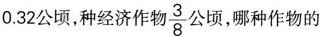
0.32公顷，种经济作物\frac{3}{8}公顷，哪种作物的